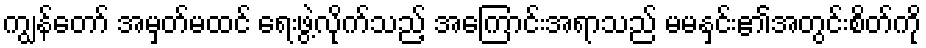
ကျွန်တော် အမှတ်မထင် ရေးဖွဲ့လိုက်သည့် အကြောင်းအရာသည် မမနှင်း၏အတွင်းစိတ်ကို